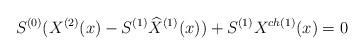
LaTeX: \begin{align*}S^{(0)}(X^{(2)}(x) -S^{(1)}{\widehat X}^{(1)}(x)) + S^{(1)}X^{ch(1)}(x) = 0\end{align*}